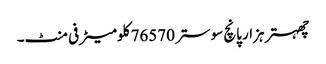
چھہتر ہزار پانچ سو ستر 76570 کلومیٹر فی منٹ۔